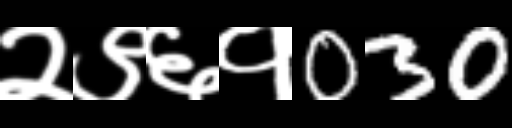
Text: २९६१030